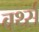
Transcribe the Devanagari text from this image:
बर्थ्स